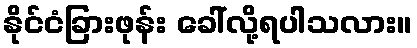
နိုင်ငံခြားဖုန်း ခေါ်လို့ရပါသလား။